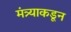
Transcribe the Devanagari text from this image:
मंत्र्याकडून